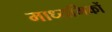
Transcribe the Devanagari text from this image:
माध्यमिकों